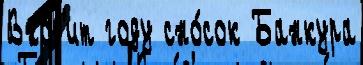
Вхо́д'ит году сно́сок Банкура